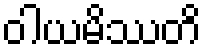
ဝါယမိဿတိ